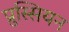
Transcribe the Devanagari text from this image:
प्रुस्सियन